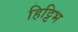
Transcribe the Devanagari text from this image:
हिट्टिभ